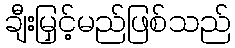
ချီးမြှင့်မည်ဖြစ်သည်